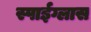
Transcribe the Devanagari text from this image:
स्पाईग्लास